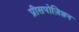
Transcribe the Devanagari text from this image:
प्रीसपोज़िशन